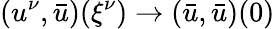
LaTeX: (u^{\nu},\bar{u})({\xi^{\nu}})\to(\bar{u},\bar{u})(0)